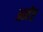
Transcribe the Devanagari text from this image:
आवेष्ट